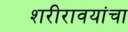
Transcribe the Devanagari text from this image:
शरीरावयांचा